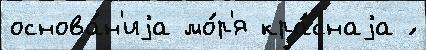
основа́н'иjа мо́р'я кра́снаjа ́